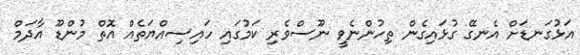
އަޅުގަނޑަށް އެނގޭ ގުޅައިގެން ތިހުންނެވީ ނޫސްވެރި ކަމުގައި ހައިސިއްޔަތެއް އޮތް މުންޑޫ އާދަމް